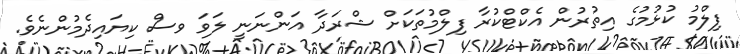
ފިލްމު ކުޅުމުގެ އިތުރުން އެކްޓްކުރާ ފިލްމުތަކަށް ޝްރަދާ އަންނަނީ ލަވަ ވސް ކިޔައިދެމުންނެވެ.